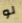
لو